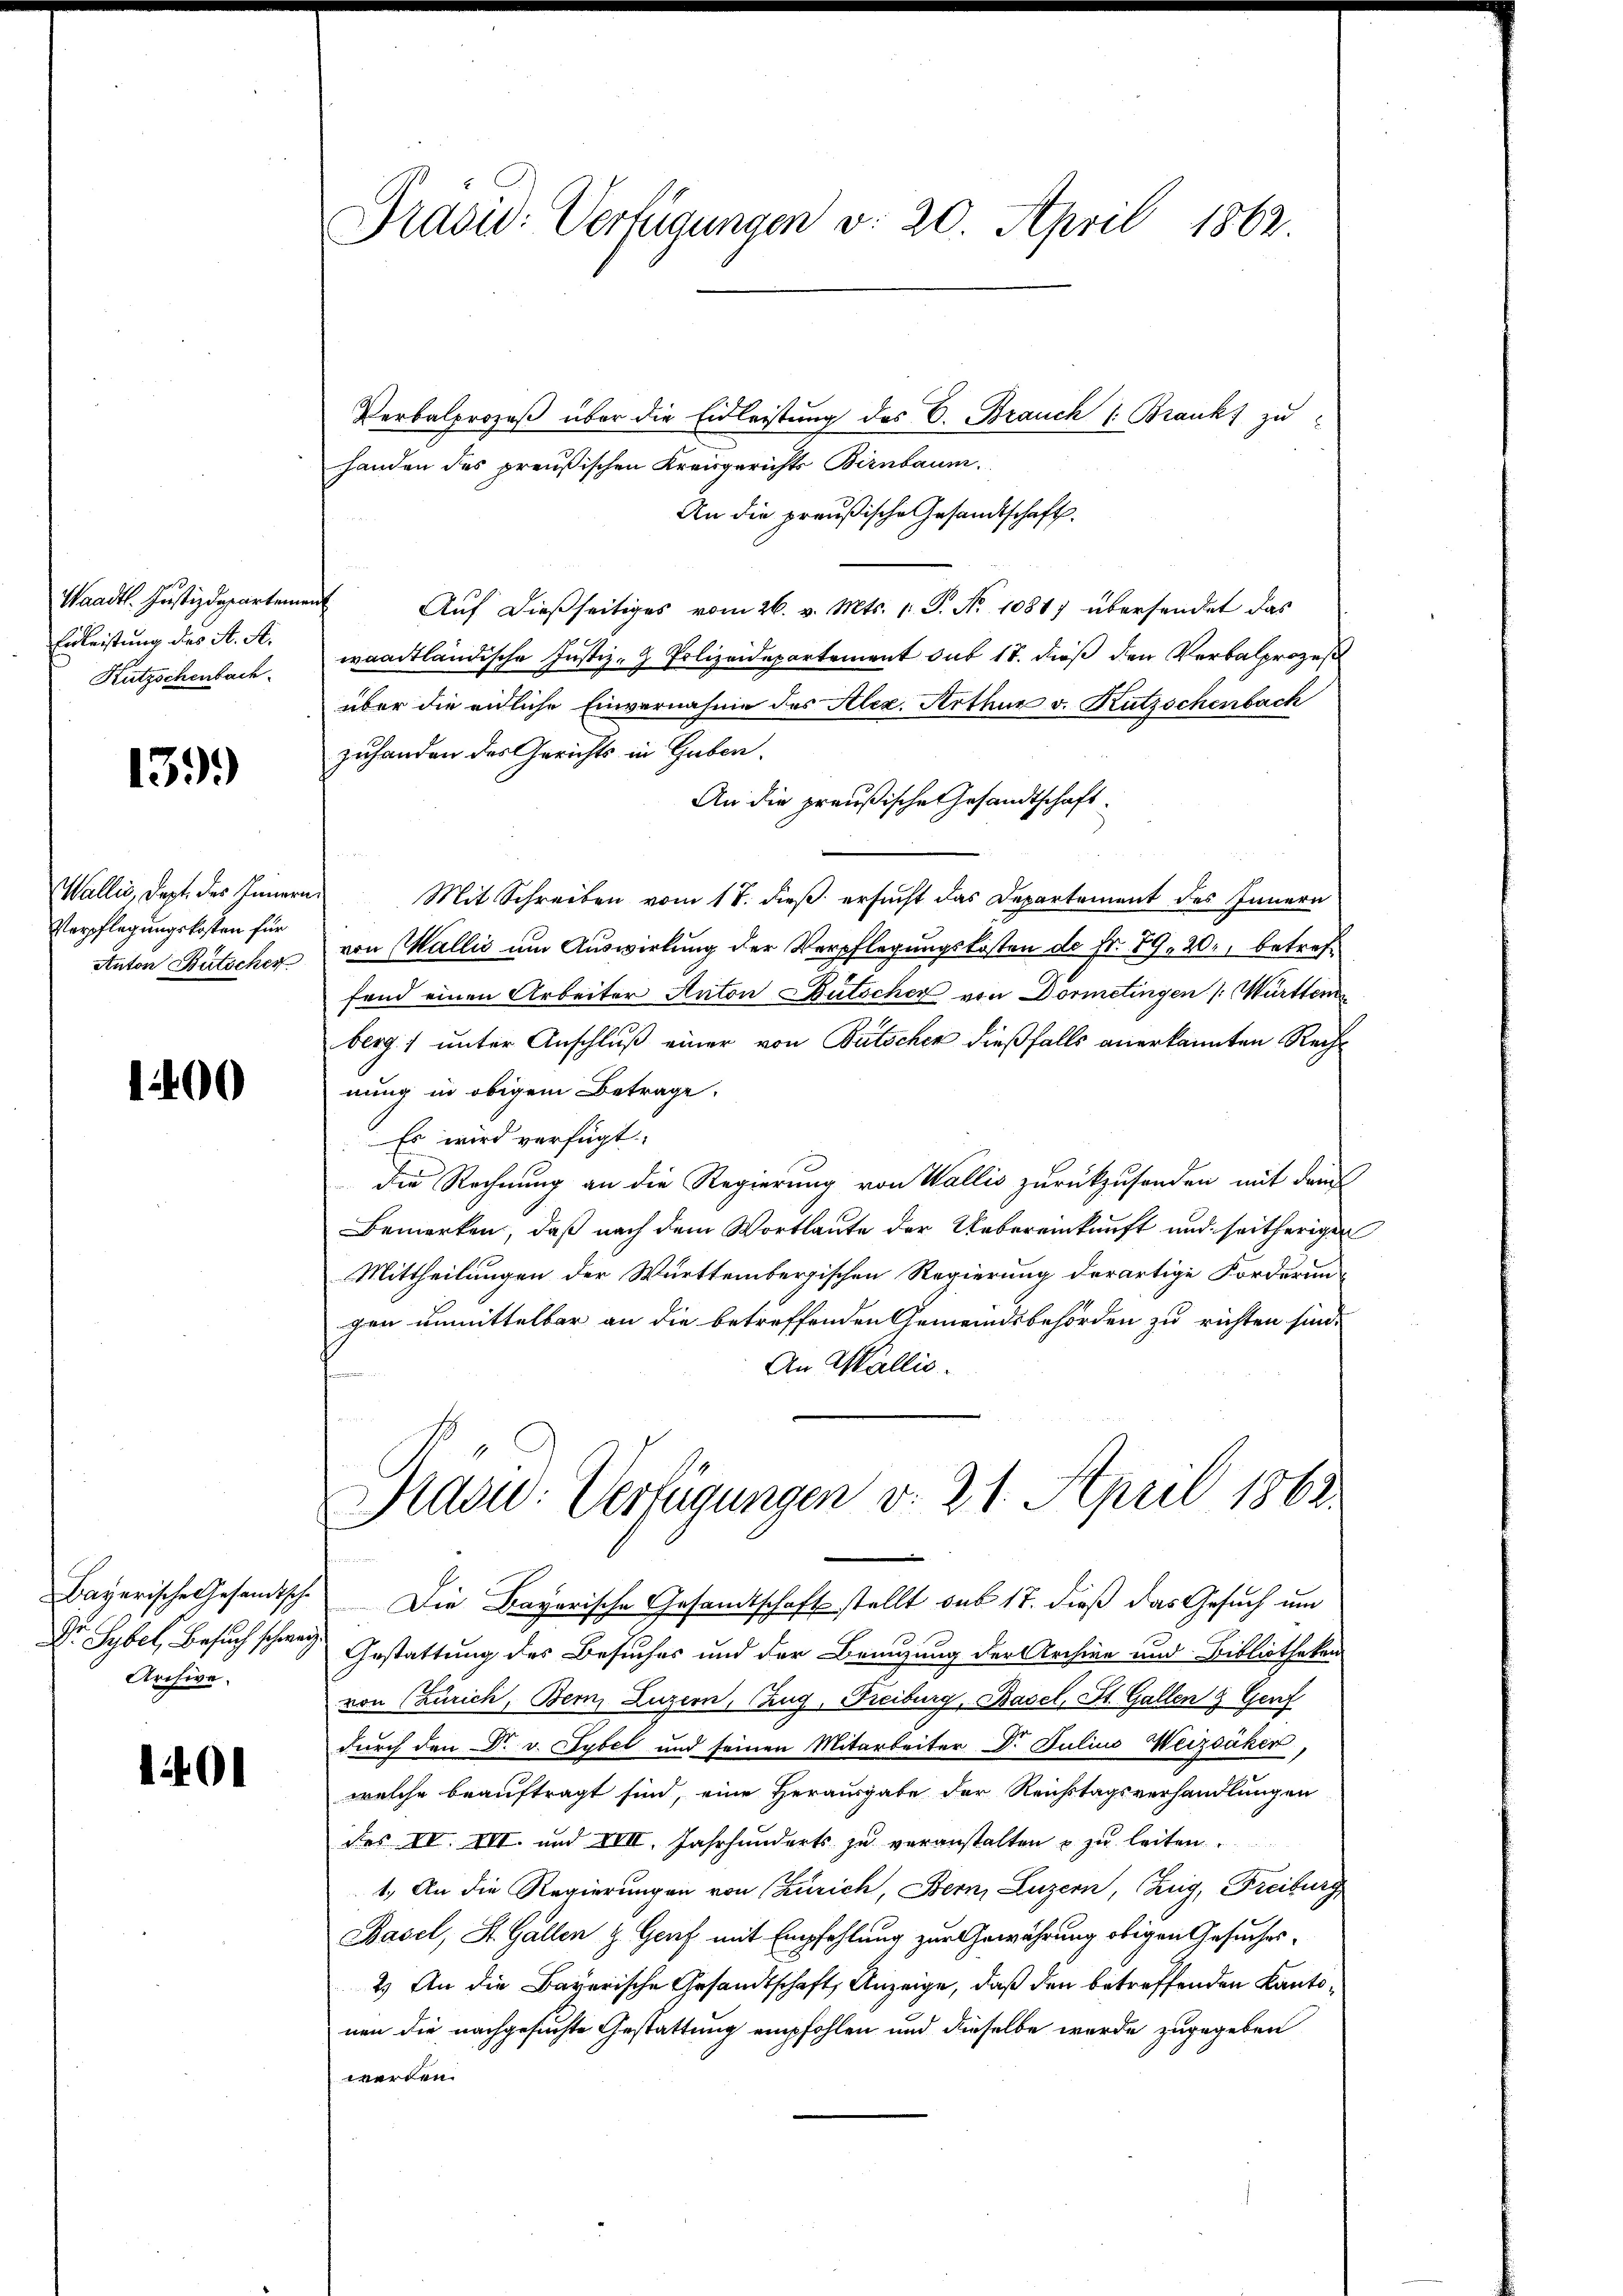
Waadt. Justizdepartement
Eidleistung dies St. A.
Kutzschenbach.

1399

Wallis, dept des Innern
Verpflegungskosten für
Anton Bütscher

1400

Archive.

1401

Präsid. Verfügungen v. 20. April 1862.

Verbalprozeβ über die Eidleistung des C. Brauch (Brank zu
handen des preußischen Kreisgerichts Birnbaum.
An die preußische Gesandtschaft.
Auf dießseitiges vom 26. v. Mts. 1 S. No 1081) übersendet das
waadtländische Justiz- Polizeidepartement sub 17. dieß den Verbalprozeß
über die eidliche Einvernahme des Alex. Arthur v. Kutzschenbach
zuhanden des Gerichts in Gaben.
An die preußische Gesandtschaft.
 Mit Schreiben vom 17. dieß ersucht das Departement des Innern
von Wallis um Auswirkung der Verpflegungskosten de Fr. 89, 20. betreffend einen Arbeiter Anton Bütscher von Dörmetingen /: Württem
berg) unter Anschluß einer von Bütscher dießfalls anerkannten Rechnung in obigem Betrage.
Es wird verfügt:
die Rechnung an die Regierung von Wallis zurückzusenden mit dem
Bemerken, daß nach dem Wortlaute der Uebereinkunft und seitherigen
Mittheilungen der Württembergischen Regierung derartige Forderun-
gen unmittelbar an die betreffenden Gemeindsbehörden zu richten sind.
An Wallis.
f

Präsid. Verfügungen v. 21. April 1863.

Bist eine
Bayerische Gesandtsch. Die Bayerische Gesandtschaft stellt sub 17. dieß das Gesuch um
Dr Sybel, Besuch schweiz. Gestattung des Besuches und der Bringung der Archive und Bibliotheken
von (Zürich, Bern, Luzern, Zug, Freiburg, Basel, St. Gallen & Genf
durch den Dr. v. Sybel und seinen Mitarbeiter Dr. Julius Weizsáker,
welche beauftragt sind, eine Herausgabe der Reichstagsverhandlungen
des IV. III. und XVII. Jahrhunderts zu veranstalten & zu leiten.
1.) An die Regierungen von (Zürich, Bern, Luzern, Zug, Freiburg
Basel, St. Gallen & Genf mit Empfehlung zur Gewährung obigen Gesuches
2.) An die Bayerische Gesandtschaft Anzeige, daß den betreffenden Kantonen die nachgesuchte Gestattung empfohlen und dieselbe wurde zugegeben
werden.